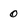
Character: 0